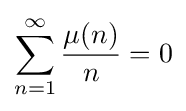
\sum _{n=1}^{\infty }{\frac {\mu (n)}{n}}=0